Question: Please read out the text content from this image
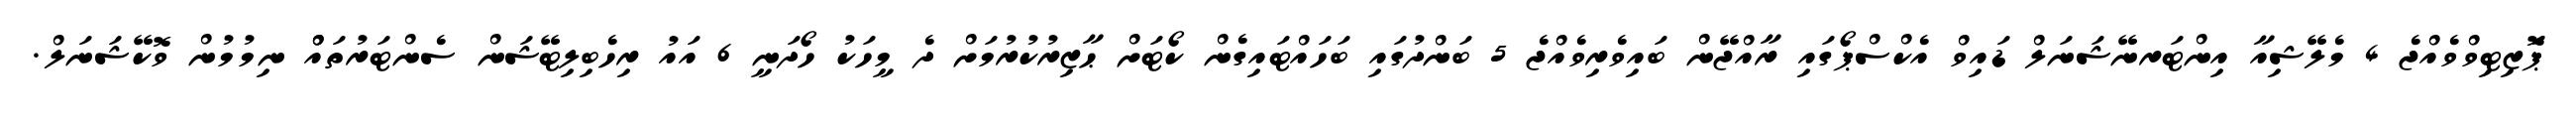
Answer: ޕަޮޒިޓިވްވެއްޖެ 4 މެލޭޝިއާ އިންޓަރނޭޝަނަލް ޑައިވް އެކްސްޕޯގައި ރާއްޖޭން ބައިވެރިވެއްޖެ 5 ބަންދުގައި ބަހައްޓައިގެން ކޯޓަށް ޙާޒިރުކުރުމަށް ދެ މީހަކު ހޯދަނީ 6 އައު ރިހެބިލިޓޭޝަން ސެންޓަރުތައްް ނިމުމުން ވޮކޭޝަނަލް.